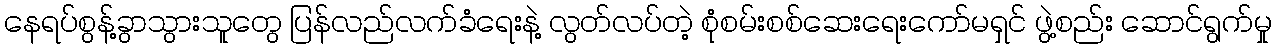
နေရပ်စွန့်ခွာသွားသူတွေ ပြန်လည်လက်ခံရေးနဲ့ လွတ်လပ်တဲ့ စုံစမ်းစစ်ဆေးရေးကော်မရှင် ဖွဲ့စည်း ဆောင်ရွက်မှု